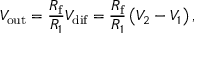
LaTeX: V _ { \mathrm { o u t } } = { \frac { R _ { \mathrm { f } } } { R _ { 1 } } } V _ { \mathrm { d i f } } = { \frac { R _ { \mathrm { f } } } { R _ { 1 } } } \left( V _ { 2 } - V _ { 1 } \right) ,